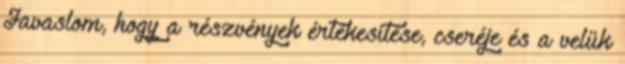
Javaslom, hogy a részvények értékesítése, cseréje és a velük